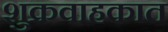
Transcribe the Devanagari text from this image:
शुक्रवाहकात